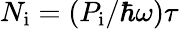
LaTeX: N_{\mathrm{i}}=\left(P_{\mathrm{i}}/\hbar\omega\right)\tau